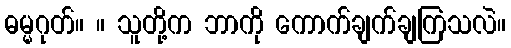
ဓမ္မဂုတ်။ ။ သူတို့က ဘာကို ကောက်ချက်ချကြသလဲ။